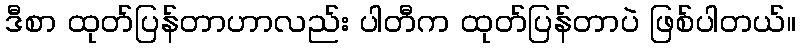
ဒီစာ ထုတ်ပြန်တာဟာလည်း ပါတီက ထုတ်ပြန်တာပဲ ဖြစ်ပါတယ်။